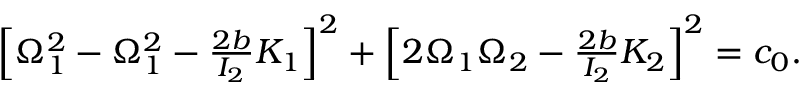
\begin{array} { r } { \left[ \Omega _ { 1 } ^ { 2 } - \Omega _ { 1 } ^ { 2 } - \frac { 2 b } { I _ { 2 } } K _ { 1 } \right] ^ { 2 } + \left[ 2 \Omega _ { 1 } \Omega _ { 2 } - \frac { 2 b } { I _ { 2 } } K _ { 2 } \right] ^ { 2 } = c _ { 0 } . } \end{array}